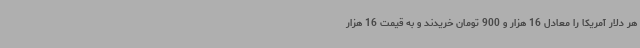
هر دلار آمریکا را معادل 16 هزار و 900 تومان خریدند و به قیمت 16 هزار